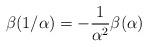
LaTeX: \begin{align*}\beta(1/\alpha) = - \frac{1}{\alpha^2} \beta(\alpha)\end{align*}